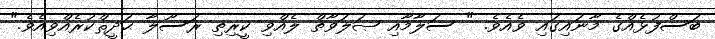
ބަސްފުޅެއްގެ މާނައިގައި ވެއެވެ. " ސަލާމާއި ޞަލަވާތް ލެއްވި ކީރިތި ރަސޫލާ ޙަދީޘްކުރެއްވިއެވެ."